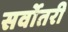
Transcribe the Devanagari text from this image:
सर्वोतरी